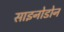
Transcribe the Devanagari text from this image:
साइनोडोन